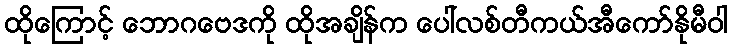
ထိုကြောင့် ဘောဂဗေဒကို ထိုအချိန်က ပေါ်လစ်တီကယ်အီကော်နိုမီဝါ